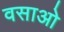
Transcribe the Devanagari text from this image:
वसाओ